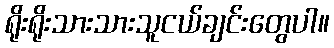
ရိုးရိုးသားသားသူငယ်ချင်းတွေပါ။